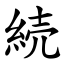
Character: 続